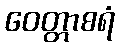
ဝေတ္တာစရံ